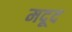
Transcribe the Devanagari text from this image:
मदूद